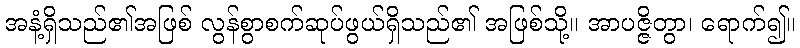
အနံ့ရှိသည်၏အဖြစ် လွန်စွာစက်ဆုပ်ဖွယ်ရှိသည်၏ အဖြစ်သို့။ အာပဇ္ဇိတွာ၊ ရောက်၍။